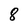
Character: 8